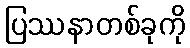
ပြဿနာတစ်ခုကို